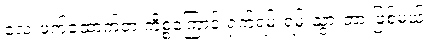
လေးဖက်ထောက်တဲ့ ကိစ္စကြောင့် ရှက်ရမ်းရမ်းသွားတာ ဖြစ်မယ်။